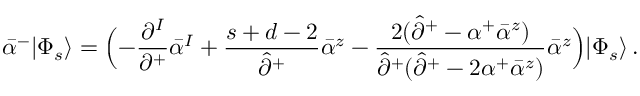
\bar { \alpha } ^ { - } | \Phi _ { s } \rangle = \Bigl ( - \frac { \partial ^ { I } } { \partial ^ { + } } \bar { \alpha } ^ { I } + \frac { s + d - 2 } { \hat { \partial } ^ { + } } \bar { \alpha } ^ { z } - \frac { 2 ( \hat { \partial } ^ { + } - \alpha ^ { + } \bar { \alpha } ^ { z } ) } { \hat { \partial } ^ { + } ( \hat { \partial } ^ { + } - 2 \alpha ^ { + } \bar { \alpha } ^ { z } ) } \bar { \alpha } ^ { z } \Bigr ) | \Phi _ { s } \rangle \, .